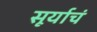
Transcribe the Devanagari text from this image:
सूर्याचं